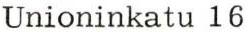
Unioninkatu 16